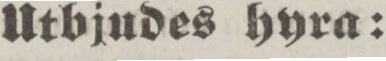
Utbjudes hyra: